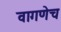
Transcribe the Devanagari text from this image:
वागणेच